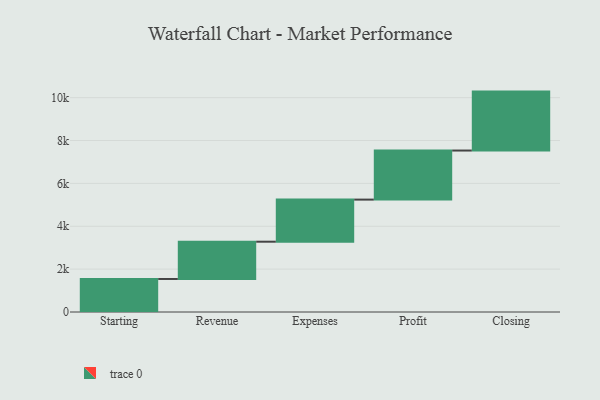
{"axis": {"x": "Step", "y": "Value"}, "legend": [""], "data": [{"x": "Starting", "y": 1541.0, "type": ""}, {"x": "Revenue", "y": 1739.0, "type": ""}, {"x": "Expenses", "y": 1964.0, "type": ""}, {"x": "Profit", "y": 2289.0, "type": ""}, {"x": "Closing", "y": 2750.0, "type": ""}]}